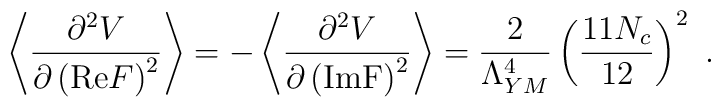
\left\langle \frac{\partial^2 V}{\partial\left({\rm Re}F\right)^2}\right\rangle = -\left\langle \frac{\partial^2 V}{\partial\left({\rm ImF}\right)^2}\right\rangle =\frac{2}{\Lambda_{YM}^4}\left(\frac{11 N_c}{12}\right)^2 \ .